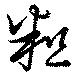
粗